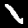
Label: 1